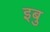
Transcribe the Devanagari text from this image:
इबु